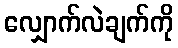
လျှောက်လဲချက်ကို